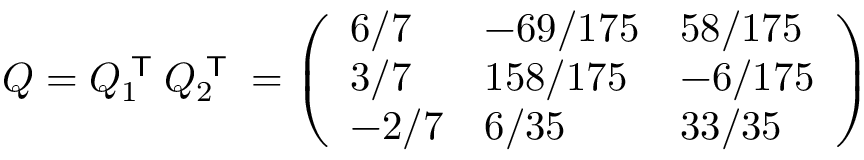
Q = Q _ { 1 } ^ { \textsf { T } } Q _ { 2 } ^ { \textsf { T } } = { \left( \begin{array} { l l l } { 6 / 7 } & { - 6 9 / 1 7 5 } & { 5 8 / 1 7 5 } \\ { 3 / 7 } & { 1 5 8 / 1 7 5 } & { - 6 / 1 7 5 } \\ { - 2 / 7 } & { 6 / 3 5 } & { 3 3 / 3 5 } \end{array} \right) }